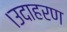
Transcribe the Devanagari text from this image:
।उदाहरण